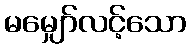
မမျှော်လင့်သော